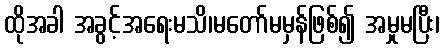
ထိုအခါ အခွင့်အရေးမသိ၊မတော်မမှန်ဖြစ်၍ အမှုမပြီး၊